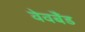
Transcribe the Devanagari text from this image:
वेवबैंड